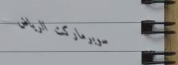
سوبرماركت الرياض